Annual administration report of the Civil Veterinary Department of India - 1897-1898
Year: 1897
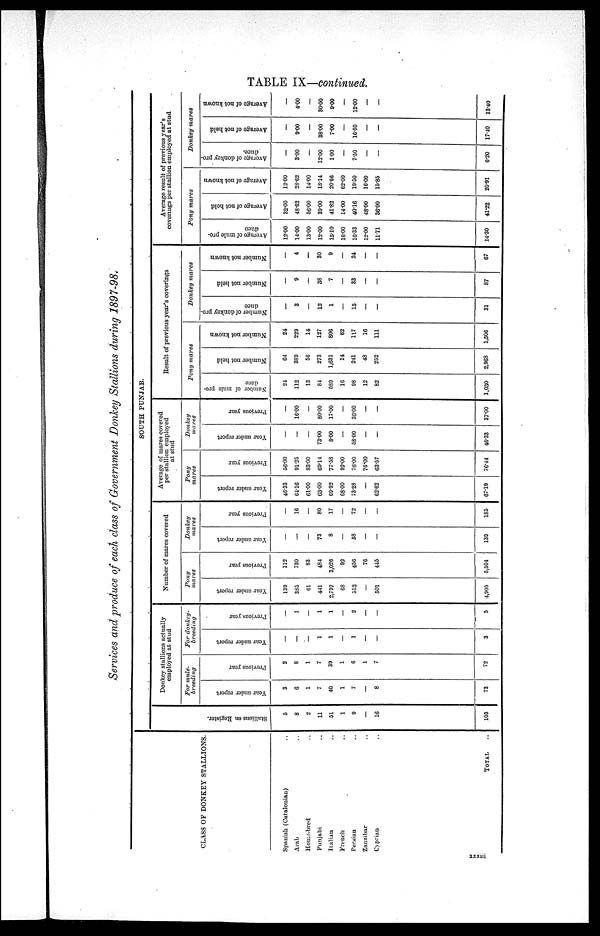
TABLE IX—continued.
Services and produce of each class of Government Donkey Stallions during 1897—98.
CLASS OF DONKEY STALLIONS.
Spanish (Catalonian) ..
Arab ..
Houre—bred ..
Punjabi ..
Italian ..
French ..
Persian ..
Zanzibar ..
Cyprian ..
TOTAL ..
SOUTH PUNJAB.
Stallions on Regi st er .
5
8
2
11
51
1
9
—
16
103
Donkey stallions actually
employed at stud
For mule—
breeding
Year under report
3
6
1
7
40
1
7
—
8
73
Previous year
2
8
1
7
39
1
6
1
7
72
For donkey—
breeding
Year under report
—
—
—
1
1
—
1
—
—
3
Previous year
—
1
—
1
1
—
2
—
—
5
Number of mares covered
Pony
mares
Year under report
139
385
61
441
2,797
68
513
—
501
4,905
Previous year
112
730
83
484
3,026
92
456
76
445
5,504
Donkey
mares
Year under report
—
—
—
73
8
—
58
—
—
139
Previous year
—
16
—
80
17
—
72
—
—
185
Average of mares covered
per stallion employed
at stud
Pony
mares
Year under report
46.33
64.16
61.00
63.00
69.92
68.00
73.28
—
62.62
67.19
Previous year
56.00
91.25
83.00
69.14
77.58
92.00
76.00
76.00
63.57
76.44
Donkey
mares
Year under report
—
—
—
73.00
8.00
—
58.00
—
—
46.33
Previous year
—
16.00
—
80.00
17.00
—
36.00
—
—
37.00
Result of previous year's coverings
Pony
mares
Number of mule pro-
duce
24
112
13
84
589
16
98
12
82
1,030
Number not held
64
389
56
273
1,631
14
241
48
252
2,968
Number not known
24
229
14
127
806
62
117
16
111
1,506
Donkey
mares
Number of donkey pro-
duce
—
3
—
12
1
—
15
—
—
31
Number not held
—
9
—
38
7
—
33
—
—
87
Number not known
—
4
—
30
9
—
24
—
—
67
Average result of previous year's
coverings per stallion employed at stud
Pony
mares
Average of mule pro—
duce
12.00
14.00
13.00
12.00
15.10
16.00
16.33
12.00
11.71
14.30
Average of not held
32.00
48.62
56.00
39.00
41.82
14.00
40.16
48.00
36.00
41.22
Average of not known
12.00
28.62
14.00
18.14
20.66
62.00
19.50
16.00
15.85
20.91
Donkey
mares
Average of donkey pro-
duce.
—
3.00
—
12.00
1.00
—
7.50
—
—
6.20
Average of not held
—
9.00
—
38.00
7.00
—
16.50
—
—
17.40
Average of not known
—
4.00
—
30.00
9.00
—
12.00
—
—
13.40
xxxiii